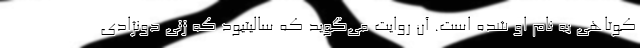
کوتاهی به نام او شده است. آن روایت می‌گوید که سالیتیود که زنی دونژادی